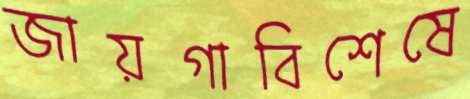
জায়গাবিশেষে